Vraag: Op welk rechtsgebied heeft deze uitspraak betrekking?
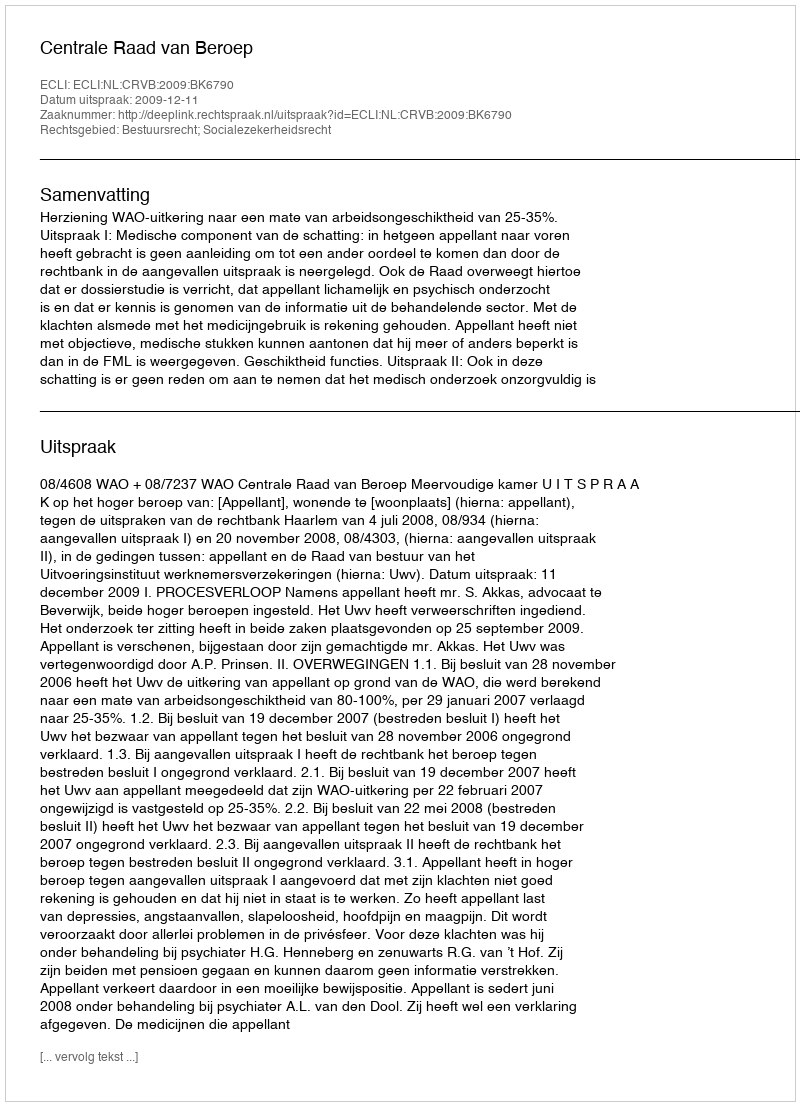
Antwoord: Bestuursrecht; Socialezekerheidsrecht